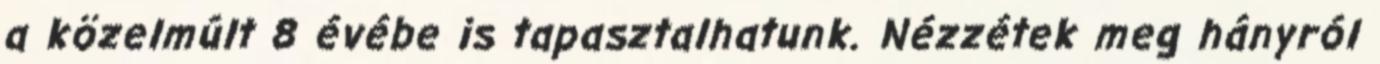
a közelmúlt 8 évébe is tapasztalhatunk. Nézzétek meg hányról